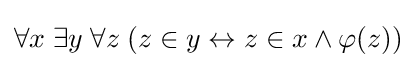
\forall x\;\exists y\;\forall z\;(z\in y\leftrightarrow z\in x\wedge \varphi (z))